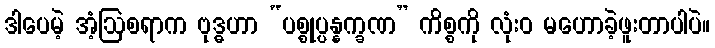
ဒါပေမဲ့ အံ့ဩစရာက ဗုဒ္ဓဟာ “ပစ္စုပ္ပန္နက္ခဏ” ကိစ္စကို လုံးဝ မဟောခဲ့ဖူးတာပါပဲ။